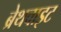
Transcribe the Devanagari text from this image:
ब्रेथवाइट